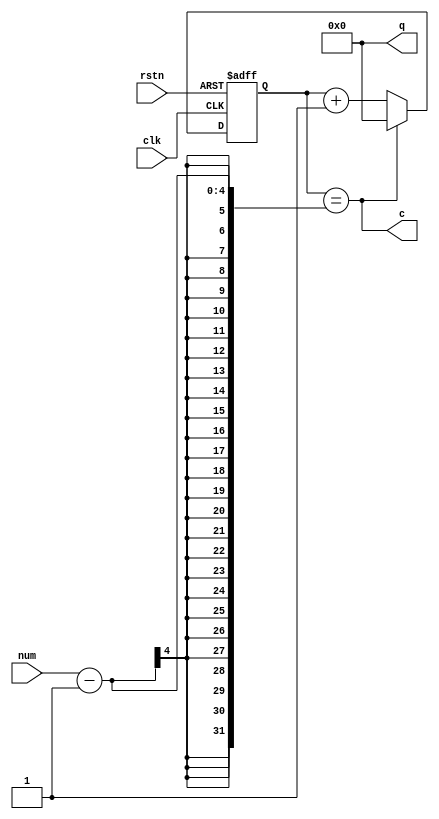
module counterN(
    input clk,rstn,
    input [3:0] num,
    output [3:0] q,
    output c
);
    reg [3:0] q_r;
    always @(negedge clk or negedge rstn) begin
        if(~rstn)  q_r<=0;
        else if(c) q_r<=0;
        else q_r<=q_r+1;
    end
    assign c=q_r==num-1;
    assign q=4'b0000;
endmodule
//


//???